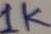
Text: 1K